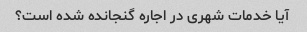
آیا خدمات شهری در اجاره گنجانده شده است؟